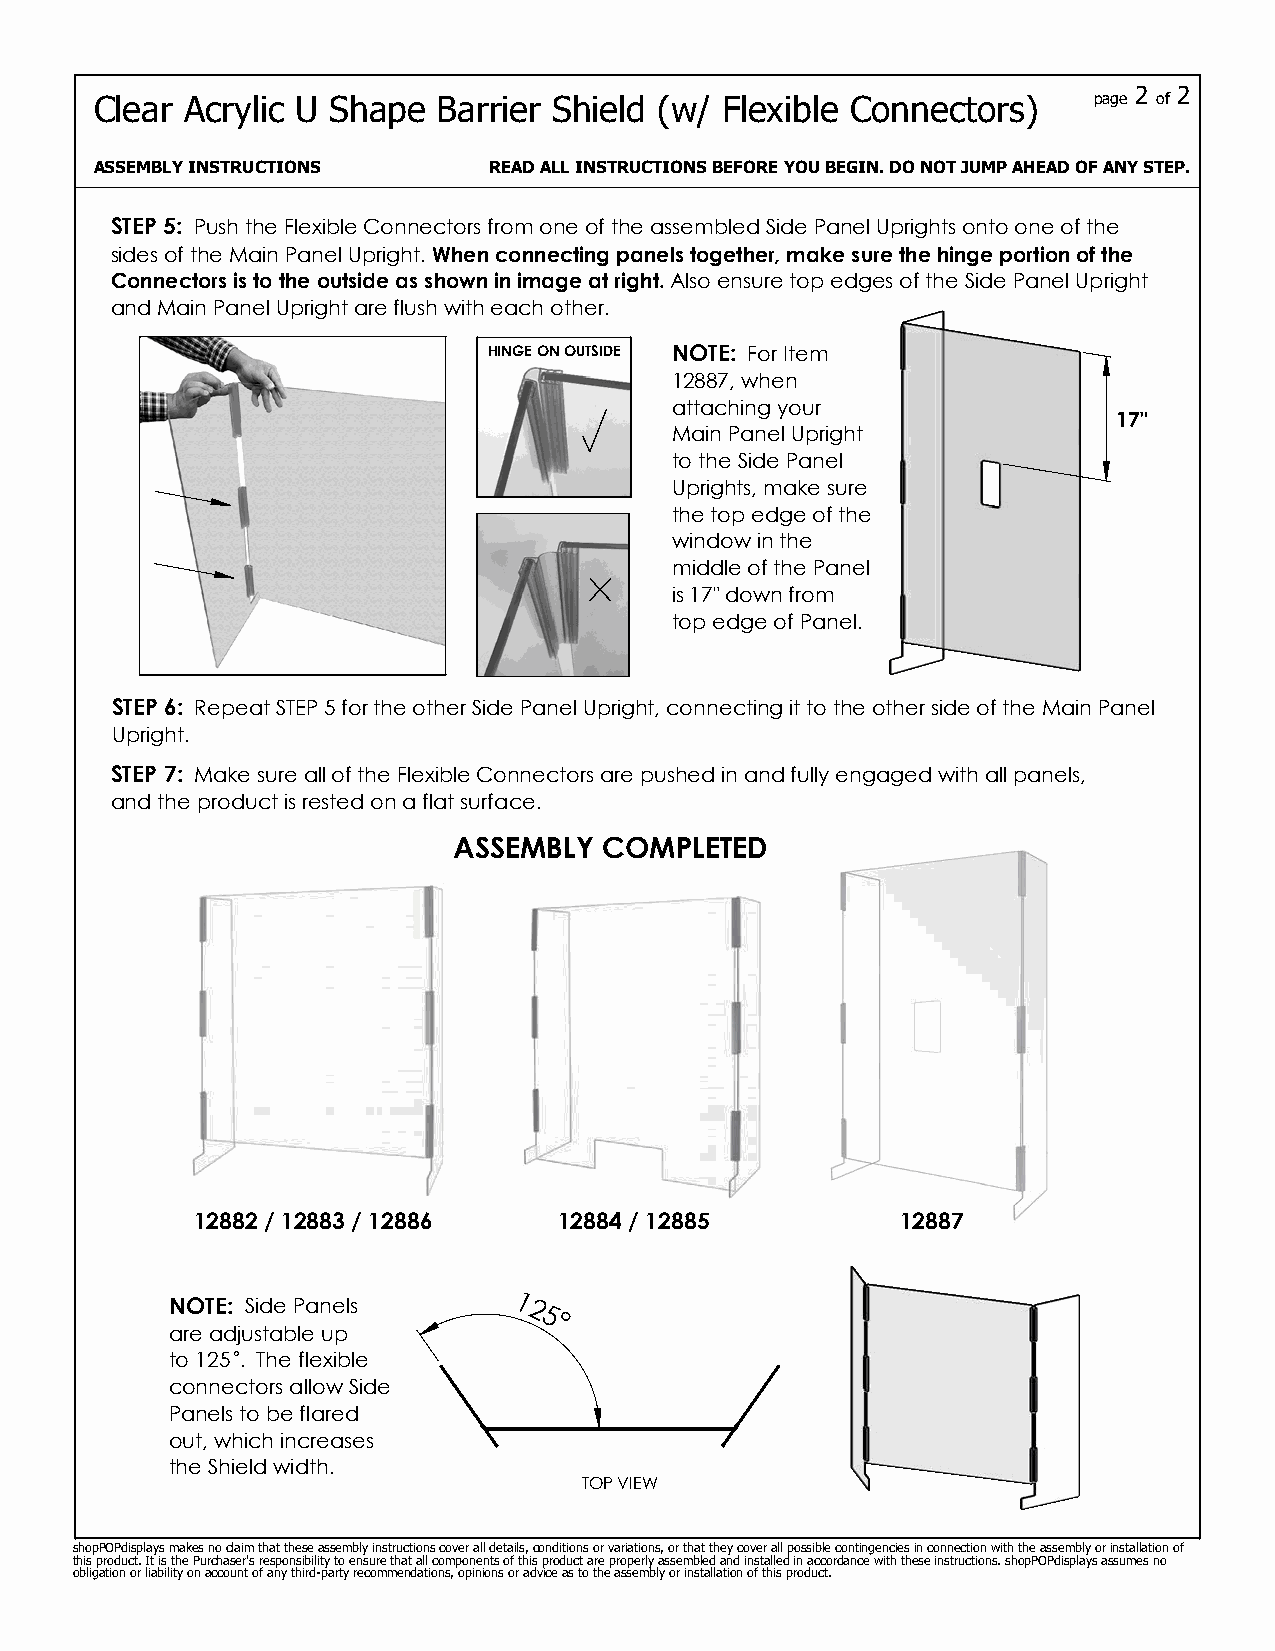
page 2 of 2
 Clear Acrylic U Shape  Barrier Shield (w/ Flexible Connectors)
 ASSEMBLY INSTRUCTIONS     READ ALL INSTRUCTIONS BEFORE YOU BEGIN. DO NOT JUMP AHEAD OF ANY STEP.
 STEP 5: Push the Flexible Connectors from one of the assembled Side Panel Uprights onto one of the
 sides of the Main Panel Upright. When connecting panels together, make sure the hinge portion of the
 Connectors is to the outside as shown in image at right. Also ensure top edges of the Side Panel Upright
 and Main Panel Upright are flush with each other.
 HINGE ON OUTSIDE NOTE: For Item
 12887, when
 attaching your
 17"
 Main Panel Upright
 to the Side Panel
 Uprights, make sure
 the top edge of the
 window in the
 middle of the Panel
 is 17" down from
 top edge of Panel.
 STEP 6: Repeat STEP 5 for the other Side Panel Upright, connecting it to the other side of the Main Panel
 Upright.
 STEP 7: Make sure all of the Flexible Connectors are pushed in and fully engaged with all panels,
 and the product is rested on a flat surface.
 ASSEMBLY  COMPLETED
 12882 / 12883 / 12886   12884 / 12885          12887
 NOTE: Side Panels      1 2
 5°
 are adjustable up
 to 125 . The flexible
 connectors allow Side
 Panels to be flared
 out, which increases
 the Shield width.
 TOP VIEW
 shopPOPdisplays makes no claim that these assembly instructions cover all details, conditions or variations, or that they cover all possible contingencies in connection with the assembly or installation of
 this product. It is the Purchaser's responsibility to ensure that all components of this product are properly assembled and installed in accordance with these instructions. shopPOPdisplays assumes no
 obligation or liability on account of any third-party recommendations, opinions or advice as to the assembly or installation of this product.